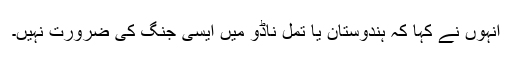
انہوں نے کہا کہ ہندوستان یا تمل ناڈو میں ایسی جنگ کی ضرورت نہیں۔